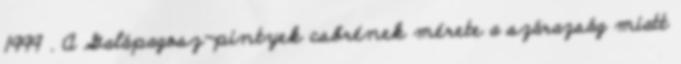
1999 . A Galápagosz-pintyek csőrének mérete a szárazság miatt